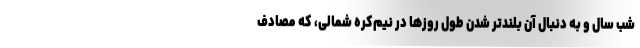
شب سال و به دنبال آن بلندتر شدن طول روزها در نیم‌کرهٔ شمالی، که مصادف